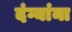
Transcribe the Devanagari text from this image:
दंग्यांना